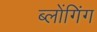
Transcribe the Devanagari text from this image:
ब्लोंगिंग